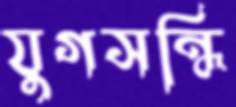
যুগসন্ধি